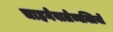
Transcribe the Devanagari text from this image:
चाहनेवालेव्यक्तियों